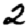
Digit: 2